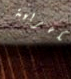
الكهربية